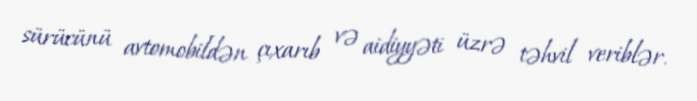
sürücünü avtomobildən çıxarıb və aidiyyəti üzrə təhvil veriblər.